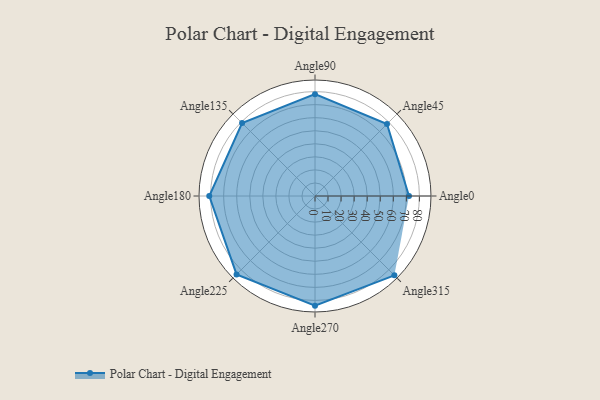
{"axis": {"x": "Angle", "y": "Radius"}, "legend": [""], "data": [{"x": "Angle0", "y": 72.0, "type": ""}, {"x": "Angle45", "y": 78.0, "type": ""}, {"x": "Angle90", "y": 78.0, "type": ""}, {"x": "Angle135", "y": 79.0, "type": ""}, {"x": "Angle180", "y": 81.0, "type": ""}, {"x": "Angle225", "y": 85.0, "type": ""}, {"x": "Angle270", "y": 84.0, "type": ""}, {"x": "Angle315", "y": 86.0, "type": ""}]}